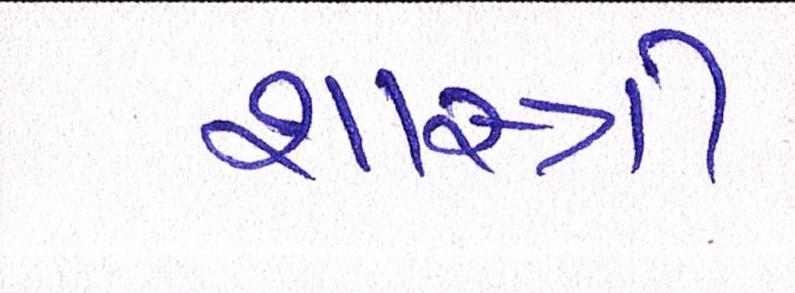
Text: શાસ્ત્રી